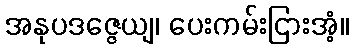
အနုပဒဇ္ဇေယျ၊ ပေးကမ်းငြားအံ့။